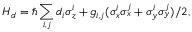
H _ { d } = \hbar \sum _ { i , j } d _ { i } \sigma _ { z } ^ { i } + g _ { i , j } ( \sigma _ { x } ^ { i } \sigma _ { x } ^ { j } + \sigma _ { y } ^ { i } \sigma _ { y } ^ { j } ) / 2 ,